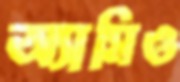
অ্যামিও